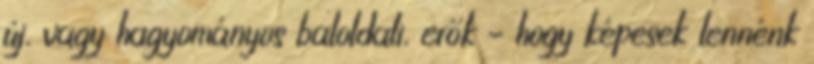
új, vagy hagyományos baloldali, erők – hogy képesek lennénk